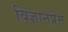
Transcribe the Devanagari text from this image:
विज्ञानप्रेम